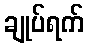
ချုပ်ရက်